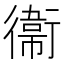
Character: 衞